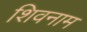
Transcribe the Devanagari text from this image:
शिवनाम